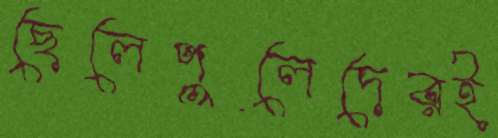
ছেলেপুলেদেরই